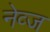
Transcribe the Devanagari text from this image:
नेव्ज